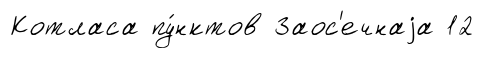
Котласа пу́нктов Заос'ечнаjа 12